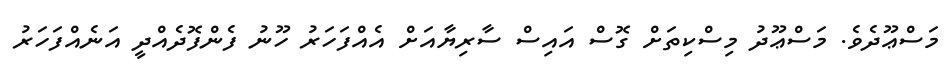
މަސްޢޫދެވެ. މަސްޢޫދު މިސްކިތަށް ގޮސް އައިސް ސާރިޔާއަށް އެއްފަހަރު ހޫނު ފެންފޮދެއްދީ އަނެއްފަހަރު